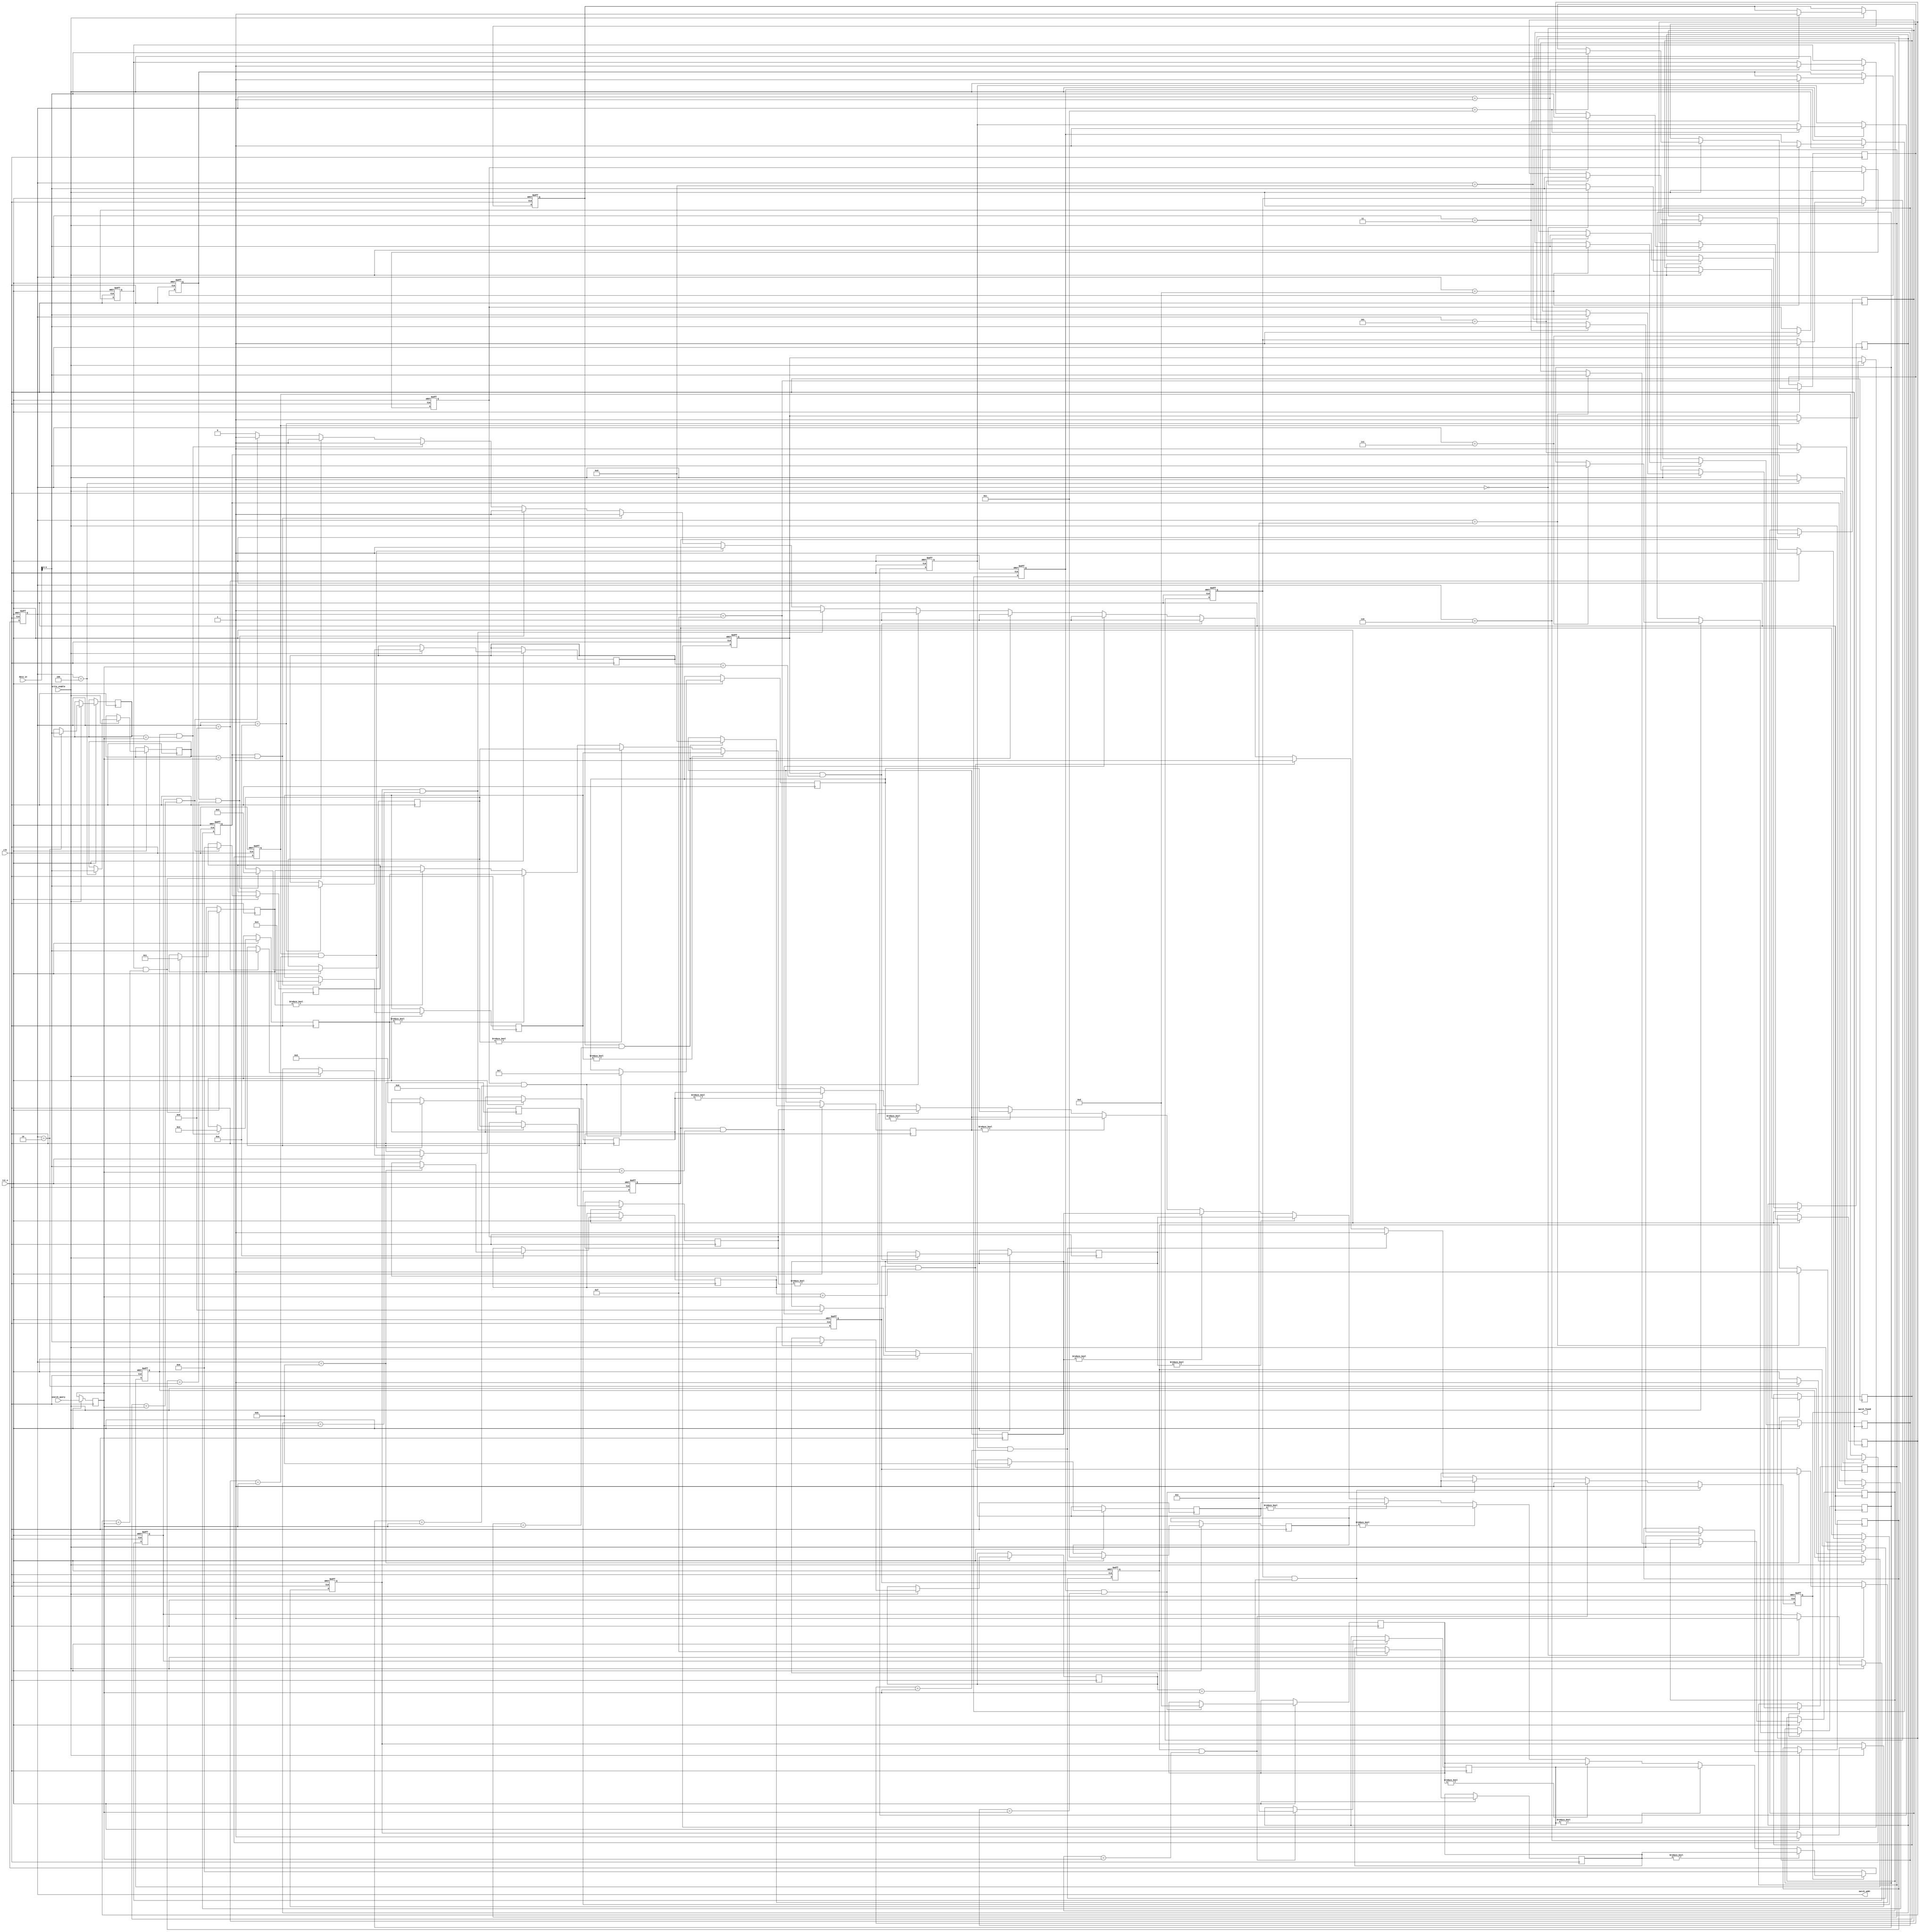
module pipelined_cam #(
    parameter DATA_WIDTH = 8,   // Width of data
    parameter ADDR_WIDTH = 4,   // Number of entries (2^ADDR_WIDTH)
    parameter MATCH_WIDTH = 4    // Number of bits to match
)(
    input wire clk,
    input wire rst_n,
    input wire [MATCH_WIDTH-1:0] search_query,
    input wire [DATA_WIDTH-1:0] data_in,
    input wire write_enable,
    output reg [ADDR_WIDTH-1:0] match_addr,
    output reg match_found
);

    // Memory array
    reg [MATCH_WIDTH-1:0] cam_array [0:(1<<ADDR_WIDTH)-1];
    reg valid_bits [0:(1<<ADDR_WIDTH)-1];

    // Pipelined stages
    reg [MATCH_WIDTH-1:0] query_stage1;
    reg [MATCH_WIDTH-1:0] query_stage2;
    reg [ADDR_WIDTH-1:0] match_result [0:(1<<ADDR_WIDTH)-1];

    // Match logic
    integer i;
    always @(posedge clk or negedge rst_n) begin
        if (!rst_n) begin
            match_found <= 0;
            match_addr <= 0;
            for (i = 0; i < (1 << ADDR_WIDTH); i = i + 1) begin
                valid_bits[i] <= 0;
            end
        end else begin
            // Stage 1: Capture the search query
            query_stage1 <= search_query;

            // Stage 2: Perform matching
            match_found <= 0;
            for (i = 0; i < (1 << ADDR_WIDTH); i = i + 1) begin
                if (valid_bits[i] && (cam_array[i] == query_stage1)) begin
                    match_found <= 1;
                    match_result[i] <= i; // Store match address
                end
            end

            // Priority Encoder Logic
            if (match_found) begin
                match_addr <= match_result[0]; // Default to first match
                for (i = 1; i < (1 << ADDR_WIDTH); i = i + 1) begin
                    if (match_result[i] != 0) begin
                        match_addr <= match_result[i]; // Update to the latest match
                    end
                end
            end else begin
                match_addr <= 0; // No match found
            end

            // Write data into CAM
            if (write_enable) begin
                cam_array[match_addr] <= data_in; // Write data to the matched address
                valid_bits[match_addr] <= 1; // Set valid bit
            end
        end
    end

endmodule